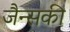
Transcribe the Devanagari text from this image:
जैन्सकी